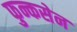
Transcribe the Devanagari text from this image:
फुन्कसेन